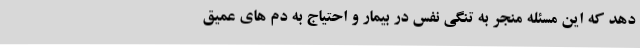
دهد که این مسئله منجر به تنگی نفس در بیمار و احتیاج به دم های عمیق